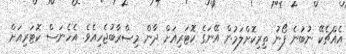
އެއްޗެކޭ ނުބުނެ ފޯނު ތިރިކޮށްލަމުން އޭނަގެ ކޮޓަރިއަށް ދާން މިޞްރާބުޖެހިއެވެ. އެހެނަސް ކޮޓަރިއަށް